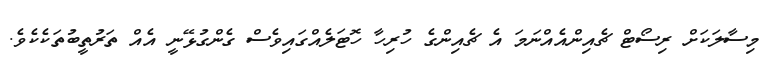
މިސާލަކަށް ރިސޯޓް ޗެއިންއެއްނަމަ އެ ޗެއިންގެ ހުރިހާ ހޮޓަލެއްގައިވެސް ގެންގުޅޭނީ އެއް ތަރުތީބުތަކެކެވެ.